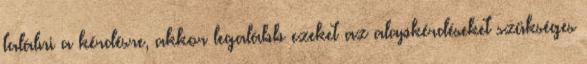
találni a kérdésre, akkor legalább ezeket az alapkérdéseket szükséges